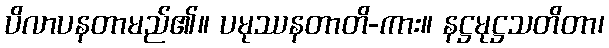
ပိလာပနတာမည်၏။ ပမုဿနတာတိ-ကား။ နဋ္ဌမုဋ္ဌသတိတာ၊